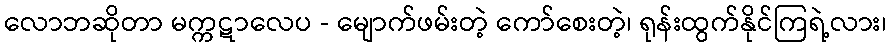
လောဘဆိုတာ မက္ကဋာလေပ - မျောက်ဖမ်းတဲ့ ကော်စေးတဲ့၊ ရုန်းထွက်နိုင်ကြရဲ့လား၊